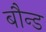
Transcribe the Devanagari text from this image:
बौन्ड